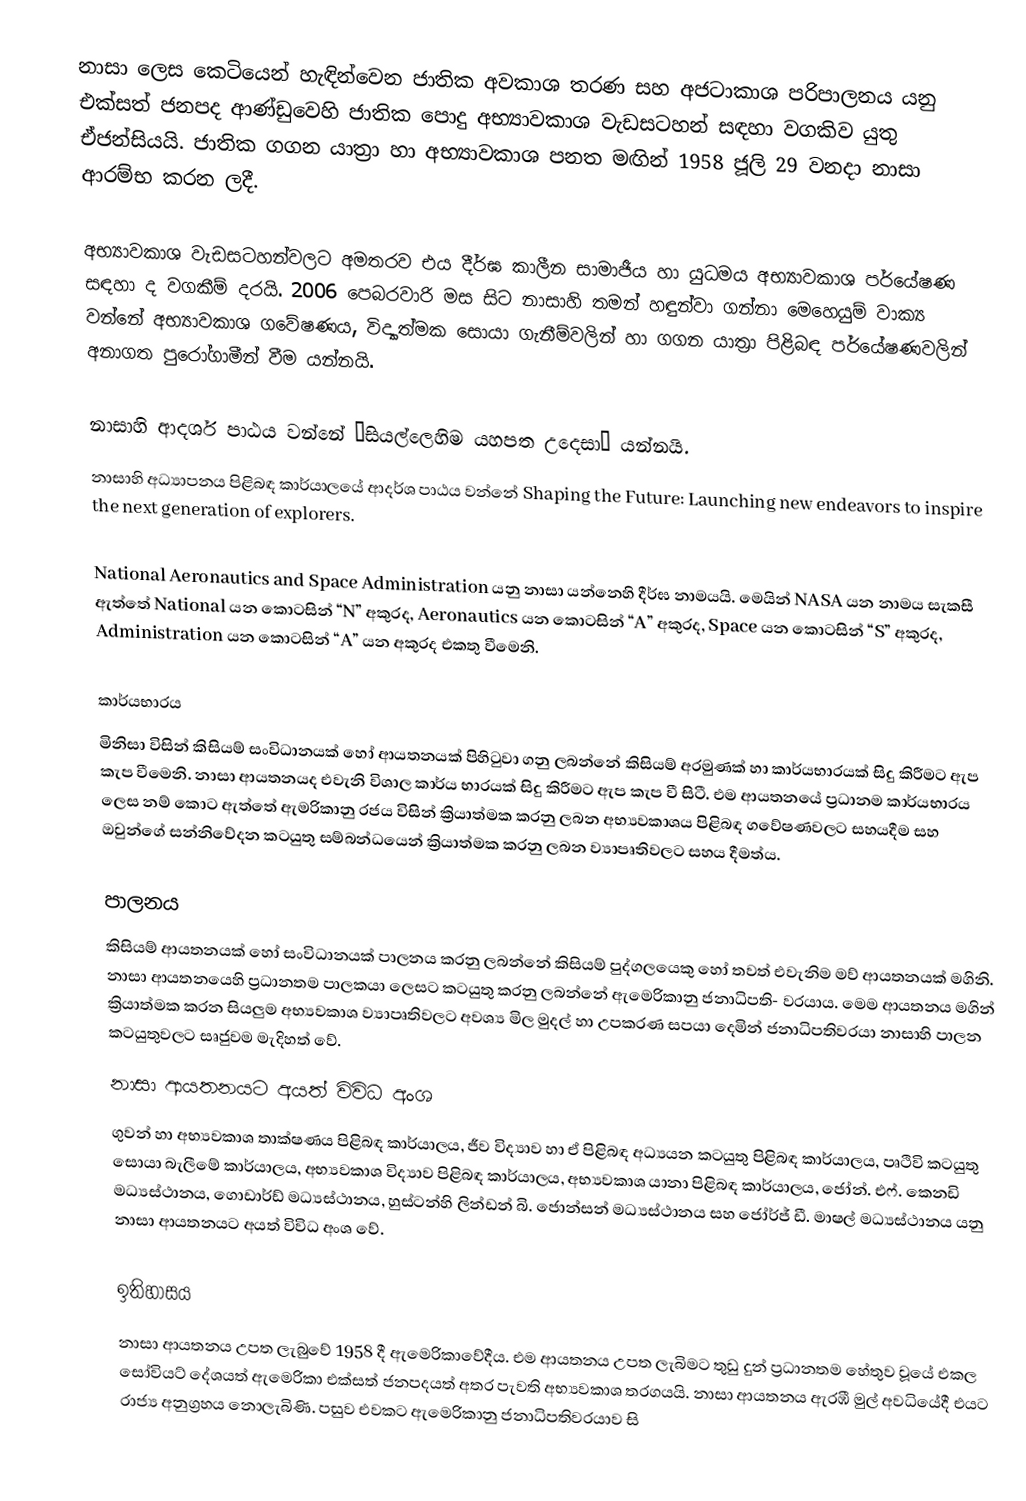
නාසා ලෙස කෙටියෙන් හැඳින්වෙන ජාතික අවකාශ තරණ සහ අජටාකාශ පරිපාලනය යනු එක්සත් ජනපද ආණ්ඩුවෙහි ජාතික පොදු අභ්‍යාවකාශ වැඩසටහන් සඳහා වගකිව යුතු ඒජන්සියයි. ජාතික ගගන යාත්‍රා හා අභ්‍යාවකාශ පනත මඟින් 1958 ජූලි 29 වනදා නාසා ආරම්භ කරන ලදී.

අභ්‍යාවකාශ වැඩසටහන්වලට අමතරව එය දීර්ඝ කාලීන සාමාජීය හා යුධමය අභ්‍යාවකාශ පර්යේෂණ සඳහා ද වගකීම් දරයි. 2006 පෙබරවාරි මස සිට නාසාහි තමන් හඳුන්වා ගන්නා මෙහෙයුම් වාක්‍ය වන්නේ අභ්‍යාවකාශ ගවේෂණය, විද්‍යාත්මක සොයා ගැනීම්වලින් හා ගගන යාත්‍රා පිළිබඳ පර්යේෂණවලින් අනාගත පුරෝගාමීන් වීම යන්නයි.

නාසාහි ආදර්ශ පාඨය වන්නේ “සියල්ලෙහිම යහපත උදෙසා” යන්නයි.
නාසාහි අධ්‍යාපනය පිළිබඳ කාර්යාලයේ ආදර්ශ පාඨය වන්නේ Shaping the Future: Launching new endeavors to inspire the next generation of explorers.

National Aeronautics and Space Administration යනු නාසා යන්නෙහි දීර්ඝ නාමයයි. මෙයින් NASA යන  නාමය සැකසී ඇත්තේ National  යන කොටසින්  “N” අකුරද, Aeronautics යන කොටසින් “A” අකුරද, Space යන කොටසින්  “S” අකුරද, Administration යන කොටසින් “A” යන අකුරද  එකතු වීමෙනි.

කාර්යභාරය
මිනිසා විසින් කිසියම් සංවිධානයක් හෝ ආයතනයක් පිහිටුවා ගනු ලබන්නේ කිසියම් අරමුණක් හා කාර්යභාරයක් සිදු කිරීමට ඇප කැප වීමෙනි.  නාසා ආයතනයද එවැනි විශාල කාර්ය භාරයක් සිදු කිරීමට ඇප කැප වී සිටී.  එම ආයතනයේ ප්‍රධානම කාර්යභාරය ලෙස නම් කොට ඇත්තේ ඇමරිකානු රජය විසින් ක්‍රියාත්මක කරනු ලබන අභ්‍යවකාශය පිළිබඳ ගවේෂණවලට සහයදීම සහ ඔවුන්ගේ සන්නිවේදන කටයුතු සම්බන්ධයෙන් ක්‍රියාත්මක කරනු ලබන ව්‍යාපෘතිවලට සහය දීමත්ය.

පාලනය
කිසියම් ආයතනයක් හෝ සංවිධානයක් පාලනය කරනු ලබන්නේ කිසියම් පුද්ගලයෙකු හෝ තවත් එවැනිම  මව් ආයතනයක් මගිනි. නාසා ආයතනයෙහි ප්‍රධානතම පාලකයා ලෙසට කටයුතු කරනු ලබන්නේ ඇමෙරිකානු ජනාධිපති-    වරයාය. මෙම ආයතනය මගින් ක්‍රියාත්මක කරන සියලුම අභ්‍යවකාශ ව්‍යාපෘතිවලට අවශ්‍ය මිල මුදල් හා උපකරණ  සපයා දෙමින් ජනාධිපතිවරයා නාසාහි  පාලන කටයුතුවලට සෘජුවම මැදිහත් වේ.
නාසා ආයතනයට අයත් විවිධ අංශ
ගුවන් හා අභ්‍යවකාශ තාක්ෂණය පිළිබඳ කාර්යාලය, ජීව විද්‍යාව හා ඒ  පිළිබඳ අධ්‍යයන කටයුතු පිළිබඳ   කාර්යාලය, පෘථිවි  කටයුතු සොයා බැලීමේ කාර්යාලය, අභ්‍යවකාශ විද්‍යාව පිළිබඳ කාර්යාලය, අභ්‍යවකාශ යානා පිළිබඳ කාර්යාලය, ජෝන්. එෆ්. කෙනඩි මධ්‍යස්ථානය, ගොඩාර්ඩ් මධ්‍යස්ථානය, හුස්ටන්හි ලින්ඩන් බි. ජොන්සන් මධ්‍යස්ථානය සහ ජෝර්ජ් ඩී. මාෂල්  මධ්‍යස්ථානය යනු නාසා ආයතනයට අයත් විවිධ අංශ වේ.

ඉතිහාසය
නාසා ආයතනය උපත ලැබුවේ 1958 දී ඇමෙරිකාවේදීය. එම ආයතනය උපත ලැබිමට තුඩු දුන් ප්‍රධානතම හේතුව වූයේ එකල සෝවියට් දේශයත් ඇමෙරිකා එක්සත් ජනපදයත් අතර පැවති අභ්‍යවකාශ තරගයයි. නාසා ආයතනය ඇරඹී මුල් අවධියේදී එයට රාජ්‍ය  අනුග්‍රහය නොලැබිණි. පසුව එවකට ඇමෙරිකානු  ජනාධිපතිවරයාව සි